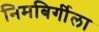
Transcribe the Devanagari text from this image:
निमबिर्गीला